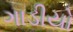
ગાડીયો